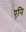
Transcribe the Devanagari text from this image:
एनि